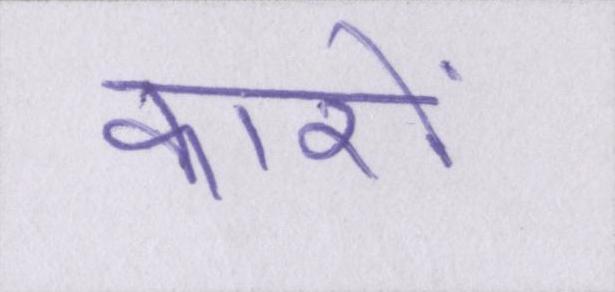
कारों